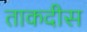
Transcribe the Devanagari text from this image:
ताकदीस